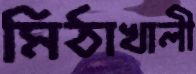
মিঠাখালী